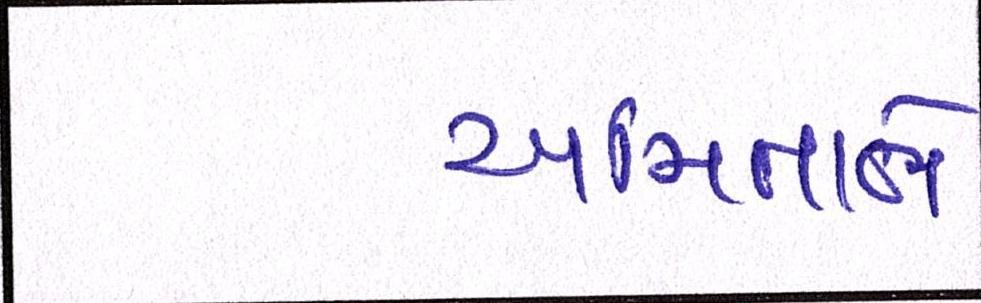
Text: અમિતાભે